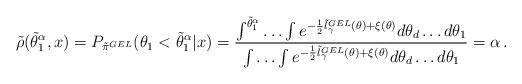
LaTeX: \begin{align*}\tilde{\rho} ( \tilde{\theta}_{1}^{\alpha}, x) = P_{\tilde{\pi}^{GEL}}(\theta_1 < \tilde{\theta}^{\alpha}_1| x) = \frac{\int^{\tilde{\theta}^{\alpha}_1} \ldots \int e^{- \frac{1}{2}\tilde{l}_\gamma^{GEL}(\theta) + \xi(\theta)} d\theta_d \ldots d\theta_1}{\int \ldots \int e^{- \frac{1}{2}\tilde{l}_\gamma^{GEL}(\theta) + \xi(\theta)} d\theta_d \ldots d\theta_1} = \alpha \,. \end{align*}